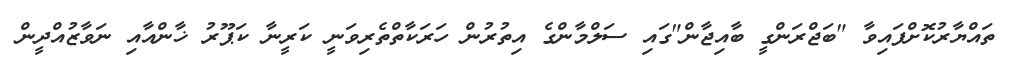
ތައްޔާރުކޮށްފައިވާ "ބަޖްރަންގީ ބާއިޖާން"ގައި ސަލްމާންގެ އިތުރުން ހަރަކާތްތެރިވަނީ ކަރީނާ ކަޕޫރު ޚާންއާއި ނަވާޒުއްދީން